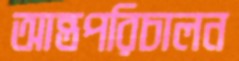
আন্তপরিচালন